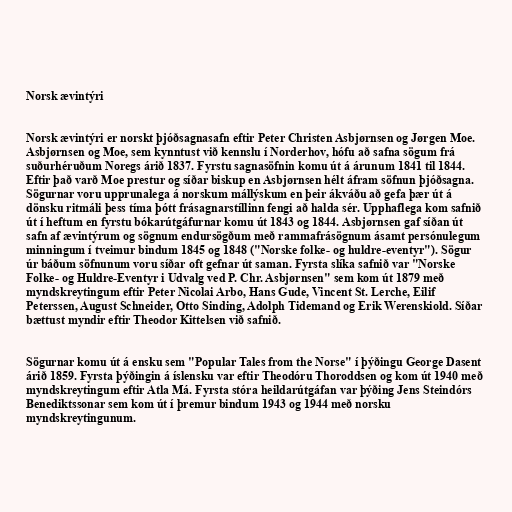
Norsk ævintýri

Norsk ævintýri er norskt þjóðsagnasafn eftir Peter Christen Asbjørnsen og Jørgen Moe.
Asbjørnsen og Moe, sem kynntust við kennslu í Norderhov, hófu að safna sögum frá
suðurhéruðum Noregs árið 1837. Fyrstu sagnasöfnin komu út á árunum 1841 til 1844.
Eftir það varð Moe prestur og síðar biskup en Asbjørnsen hélt áfram söfnun þjóðsagna.
Sögurnar voru upprunalega á norskum mállýskum en þeir ákváðu að gefa þær út á
dönsku ritmáli þess tíma þótt frásagnarstíllinn fengi að halda sér. Upphaflega kom safnið
út í heftum en fyrstu bókarútgáfurnar komu út 1843 og 1844. Asbjørnsen gaf síðan út
safn af ævintýrum og sögnum endursögðum með rammafrásögnum ásamt persónulegum
minningum í tveimur bindum 1845 og 1848 ("Norske folke- og huldre-eventyr"). Sögur
úr báðum söfnunum voru síðar oft gefnar út saman. Fyrsta slíka safnið var "Norske
Folke- og Huldre-Eventyr i Udvalg ved P. Chr. Asbjørnsen" sem kom út 1879 með
myndskreytingum eftir Peter Nicolai Arbo, Hans Gude, Vincent St. Lerche, Eilif
Peterssen, August Schneider, Otto Sinding, Adolph Tidemand og Erik Werenskiold. Síðar
bættust myndir eftir Theodor Kittelsen við safnið.

Sögurnar komu út á ensku sem "Popular Tales from the Norse" í þýðingu George Dasent
árið 1859. Fyrsta þýðingin á íslensku var eftir Theodóru Thoroddsen og kom út 1940 með
myndskreytingum eftir Atla Má. Fyrsta stóra heildarútgáfan var þýðing Jens Steindórs
Benediktssonar sem kom út í þremur bindum 1943 og 1944 með norsku
myndskreytingunum.